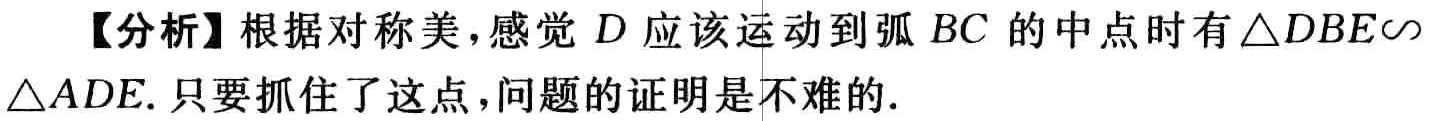
【分析】根据对称美，感觉 \(D\) 应该运动到弧 \(BC\) 的中点时有 \(\triangle DBE\sim\triangle ADE\). 只要抓住了这点，问题的证明是不难的.